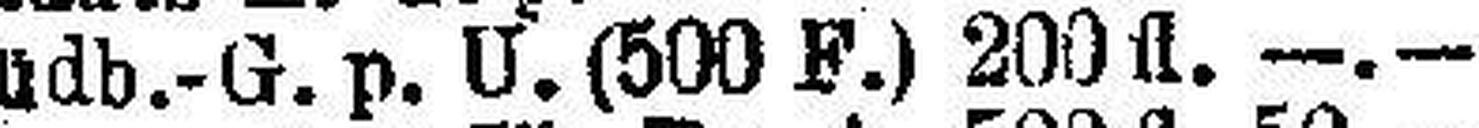
Südb.-G. p. U.(500 F.) 200 fl. —.—